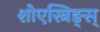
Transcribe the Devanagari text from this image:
शोएस्त्रिङ्स्